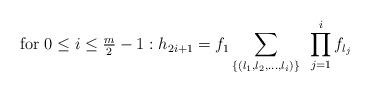
LaTeX: \begin{align*}\mbox{for $ 0 \leq i \leq \frac{m}{2} -1$}: h_{2i+1}=f_1 \sum_{\{(l_1 , l_2 , \ldots, l_i)\}} ~\prod_{j=1}^{i} f_{l_j}\end{align*}